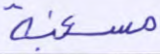
مسغبة